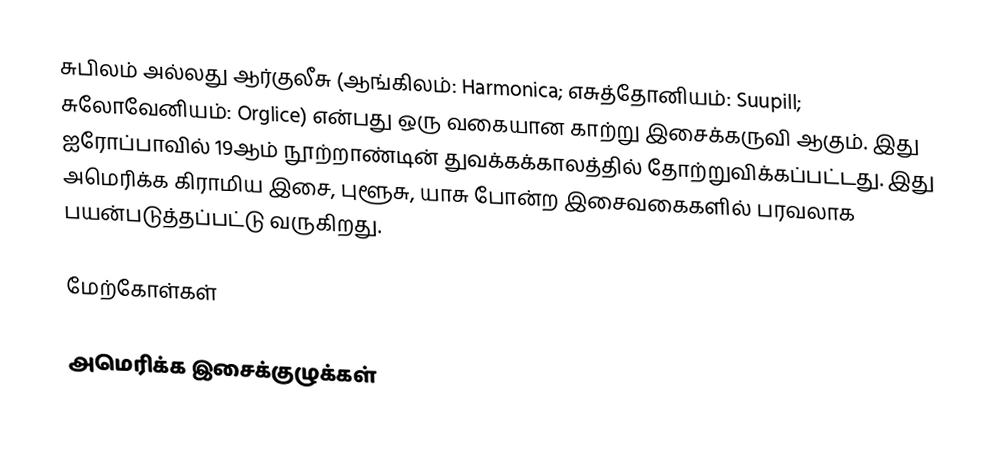
சுபிலம் அல்லது ஆர்குலீசு (ஆங்கிலம்: Harmonica; எசுத்தோனியம்: Suupill; சுலோவேனியம்: Orglice) என்பது ஒரு வகையான காற்று இசைக்கருவி ஆகும். இது ஐரோப்பாவில் 19ஆம் நூற்றாண்டின் துவக்கக்காலத்தில் தோற்றுவிக்கப்பட்டது. இது அமெரிக்க கிராமிய இசை, புளூசு, யாசு போன்ற இசைவகைகளில் பரவலாக பயன்படுத்தப்பட்டு வருகிறது.

மேற்கோள்கள்

அமெரிக்க இசைக்குழுக்கள்